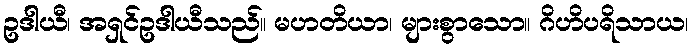
ဥဒါယီ၊ အရှင်ဥဒါယီသည်။ မဟတိယာ၊ များစွာသော။ ဂိဟိပရိသာယ၊